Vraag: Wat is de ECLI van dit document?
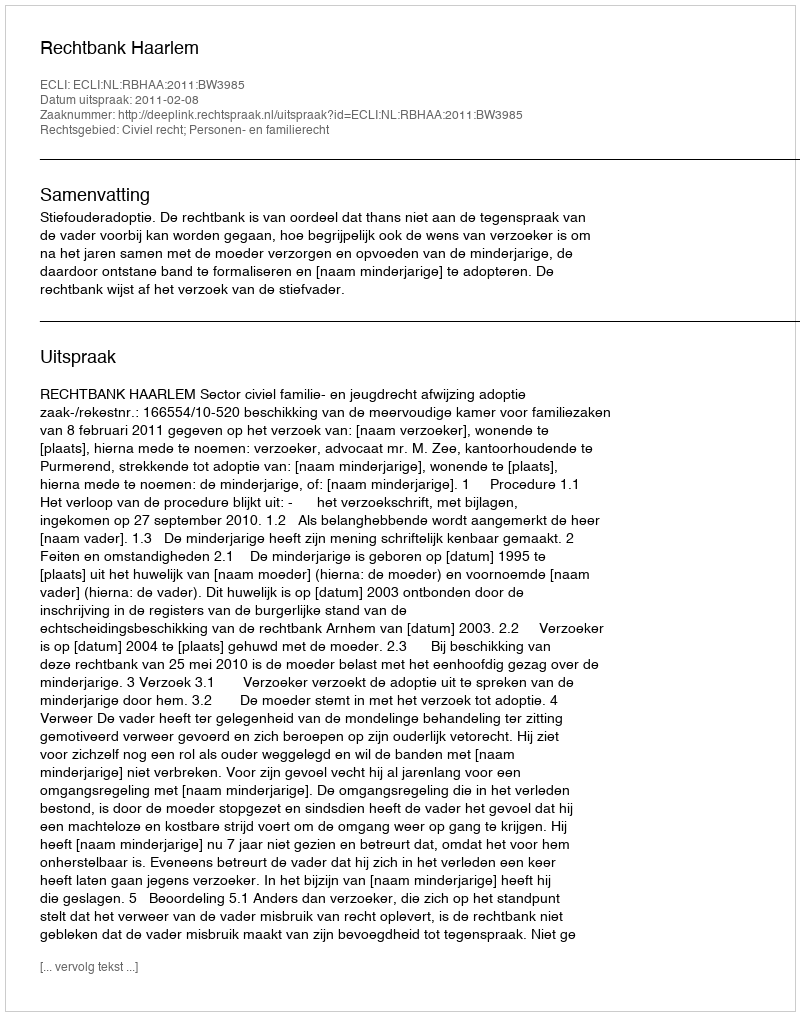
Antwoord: ECLI:NL:RBHAA:2011:BW3985